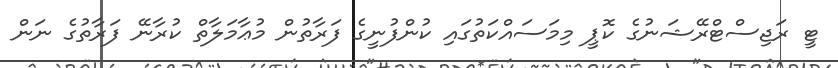
ޓީ ރަޖިސްޓްރޭޝަނުގެ ކޮޕީ މިމަސައްކަތުގައި ކުންފުނީގެ ފަރާތުން މުޢާމަލާތް ކުރާނޭ ފަރާތުގެ ނަން